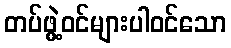
တပ်ဖွဲ့ဝင်များပါဝင်သော